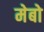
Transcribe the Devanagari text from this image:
मेबो